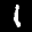
Digit: 1